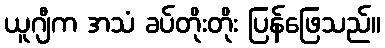
ယူဂျီက အသံ ခပ်တိုးတိုး ပြန်ဖြေသည်။